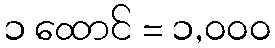
၁ ထောင် = ၁,၀၀၀